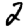
Digit: 2